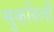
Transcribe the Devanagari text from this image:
सुकविली